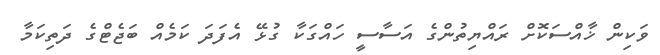
ވަކިން ޚާއްސަކޮށް ރައްޔިތުންގެ އަސާސީ ހައްގަކާ ގުޅޭ އެފަދަ ކަމެއް ބަޖެޓްގެ ދަތިކަމާ